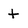
Character: t